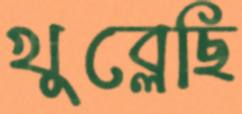
খুব্‌লেছি